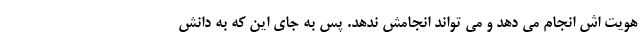
هویت اش انجام می دهد و می تواند انجامش ندهد. پس به جای این که به دانش